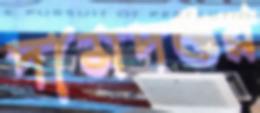
দামদস্তুর